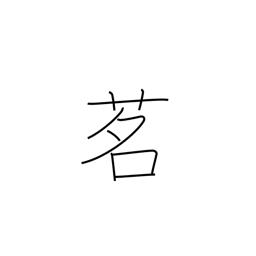
Meaning: tea